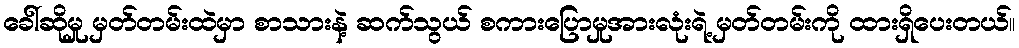
ခေါ်ဆိုမှု မှတ်တမ်းထဲမှာ စာသားနဲ့ ဆက်သွယ် စကားပြောမှုအားလုံးရဲ့ မှတ်တမ်းကို ထားရှိပေးတယ်။